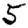
Digit: 5